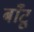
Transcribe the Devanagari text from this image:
बाँटू